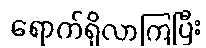
ရောက်ရှိလာကြပြီး